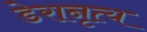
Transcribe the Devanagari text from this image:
डेरानृत्य